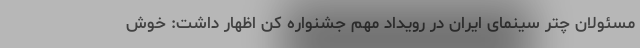
مسئولان چتر سینمای ایران در رویداد مهم جشنواره کن اظهار داشت: خوش